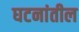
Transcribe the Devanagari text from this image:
घटनांतील